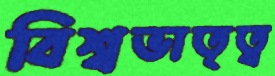
বিশ্বভাতৃত্ব